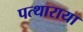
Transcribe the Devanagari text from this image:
पत्थाराया